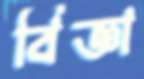
বিজ্ঞা